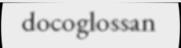
docoglossan